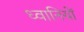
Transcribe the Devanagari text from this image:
ध्वानियों